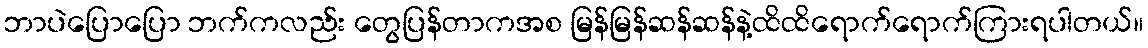
ဘာပဲပြောပြော ဘက်ကလည်း တွေပြန်တာကအစ မြန်မြန်ဆန်ဆန်နဲ့ထိထိရောက်ရောက်ကြားရပါတယ်။